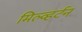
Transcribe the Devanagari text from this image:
मिल्व्हर्टन